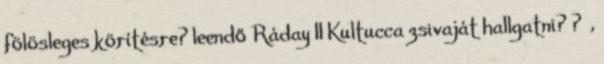
fölösleges körítésre? leendő Ráday II Kultucca zsivaját hallgatni? ? ,